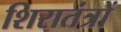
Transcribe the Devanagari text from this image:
शिरातंत्रों